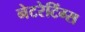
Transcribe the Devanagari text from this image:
नेटरेटिंग्स